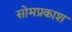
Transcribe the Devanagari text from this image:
सोमप्रकाश